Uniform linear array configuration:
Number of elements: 8
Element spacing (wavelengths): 0.25
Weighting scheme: blackman
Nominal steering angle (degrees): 0
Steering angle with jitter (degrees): -0.2593
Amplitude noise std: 0.05
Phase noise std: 0.05

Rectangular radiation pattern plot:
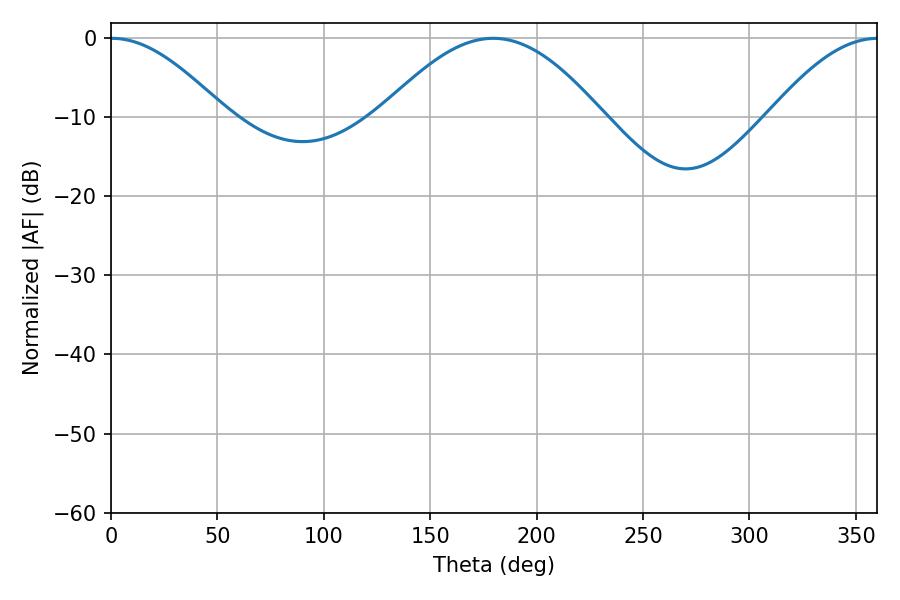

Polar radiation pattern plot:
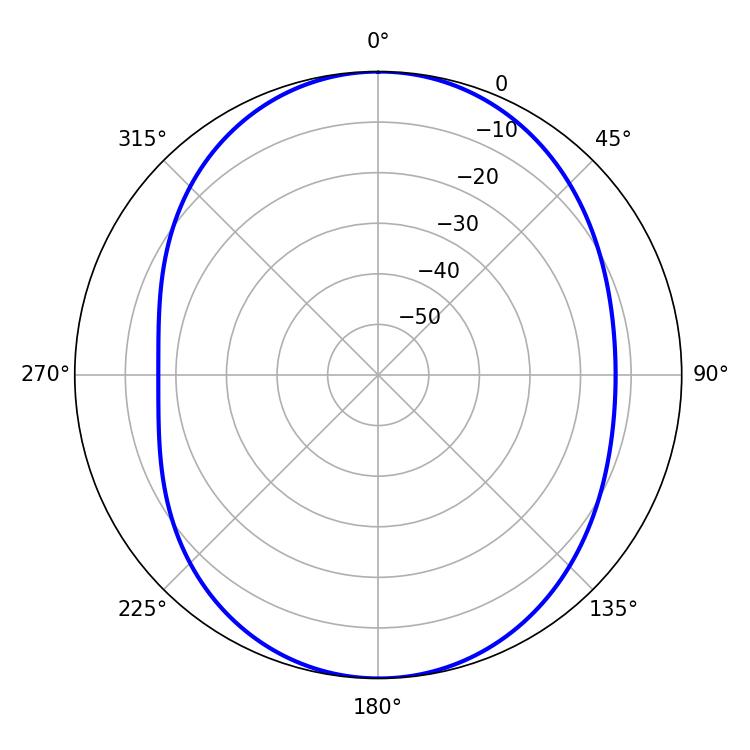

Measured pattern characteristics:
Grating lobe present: FALSE
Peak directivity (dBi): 14.867
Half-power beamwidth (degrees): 28.8
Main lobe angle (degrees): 0.36